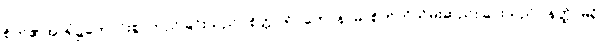
စိတ်၏အာရုံ၌ကောင်းစွာတည်ခြင်းသည်။ စိတ္တပရိဂ္ဂဟောနာမ၊ စိတ်ကိုသိမ်းဆည်းခြင်းသည်။ နတ္ထိ၊ မရှိ။